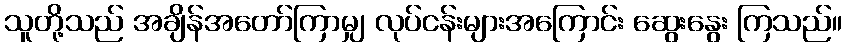
သူတို့သည် အချိန်အတော်ကြာမျှ လုပ်ငန်းများအကြောင်း ဆွေးနွေး ကြသည်။